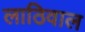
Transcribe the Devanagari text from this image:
लाठिवाल